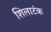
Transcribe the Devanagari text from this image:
शिलाटंक